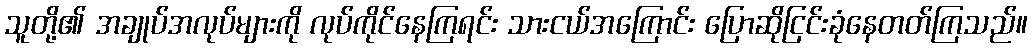
သူတို့၏ အချုပ်အလုပ်များကို လုပ်ကိုင်နေကြရင်း သားငယ်အကြောင်း ပြောဆိုငြင်းခုံနေတတ်ကြသည်။